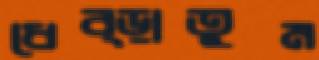
ধেব্‌ড়াতুম